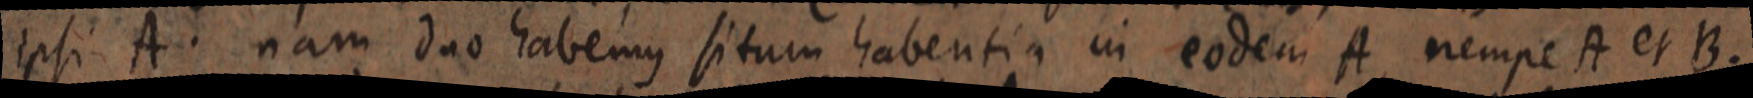
ipsi A. nam duo habemus situm habentia in eodem A nempe A et B.